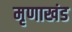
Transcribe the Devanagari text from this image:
मृणाखंड